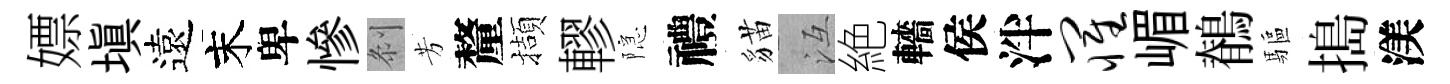
嫖塡遠末卑慘𠛴芳釐擷轇隠禮貓冱絶轖侯泮罹嵋鶺驅搗渼